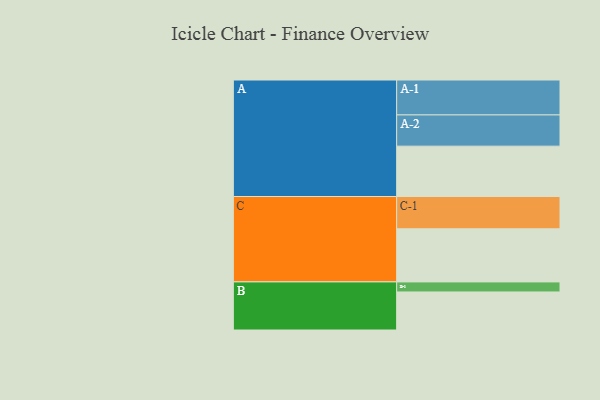
{"axis": {"x": "Segment", "y": "Value"}, "legend": ["", "A", "B", "C"], "data": [{"x": "A", "y": 421, "type": ""}, {"x": "B", "y": 318, "type": ""}, {"x": "C", "y": 444, "type": ""}, {"x": "A-1", "y": 292, "type": "A"}, {"x": "A-2", "y": 261, "type": "A"}, {"x": "B-1", "y": 84, "type": "B"}, {"x": "C-1", "y": 270, "type": "C"}]}